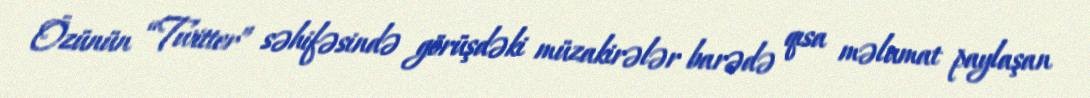
Özünün “Twitter” səhifəsində görüşdəki müzakirələr barədə qısa məlumat paylaşan